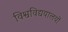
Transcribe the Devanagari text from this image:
विश्वविद्ययालयों